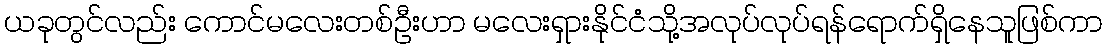
ယခုတွင်လည်း ကောင်မလေးတစ်ဦးဟာ မလေးရှားနိုင်ငံသို့အလုပ်လုပ်ရန်ရောက်ရှိနေသူဖြစ်ကာ